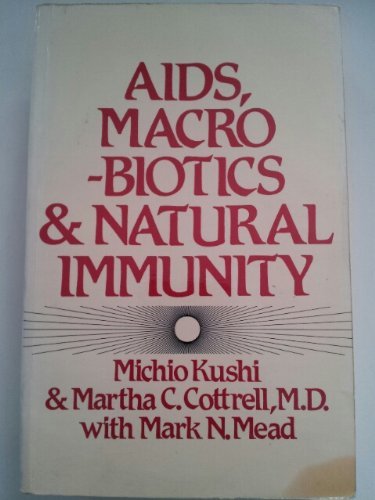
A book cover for AIDS, Macrobiotics, And Natural Immunity; Michio Kushi; Health, Fitness & Dieting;